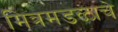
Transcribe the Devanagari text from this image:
मित्रमडळाचे